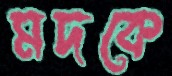
মদকে